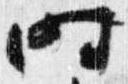
時